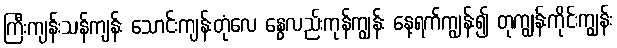
ကြီးကျန်းသန်ကျန်း သောင်းကျန်းတုံလေ နွေလည်းကုန်ကျွန်း နေ့ရက်ကျွန်း၍ တုကျွန်းကိုင်းကျွန်း